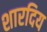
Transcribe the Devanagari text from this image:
शारदिय